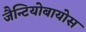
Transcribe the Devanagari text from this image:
जैन्टियोबायोस